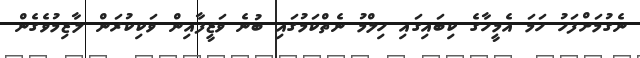
ނެގުމަށްފަހު ހަމަ އެމީހާގެ ކިބައިގައި ހިލްމު ނެތްކަމުގައި ބުނެ ވަޒީފާއިން ވަކިކުރަން ލާޒިމުވެގެން